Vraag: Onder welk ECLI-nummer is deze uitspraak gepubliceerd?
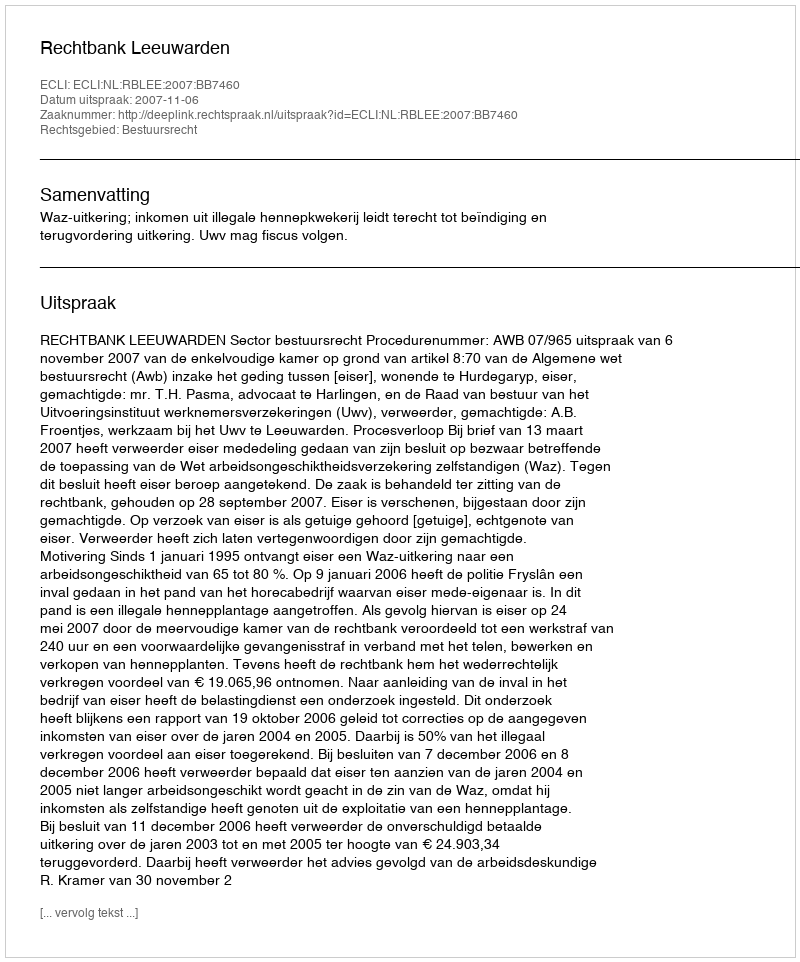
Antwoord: ECLI:NL:RBLEE:2007:BB7460